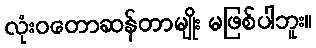
လုံးဝတောဆန်တာမျိုး မဖြစ်ပါဘူး။